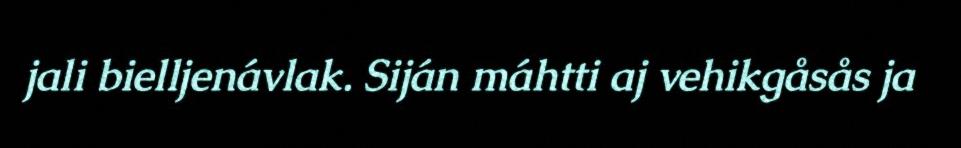
jali bielljenávlak. Siján máhtti aj vehikgåsås ja